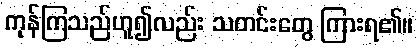
ကုန်ကြသည်ဟူ၍လည်း သတင်းတွေ ကြားရ၏။